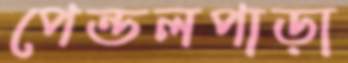
পেন্ডলপাড়া